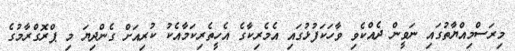
މިރަސްމިއްޔާތުގައި ނަވީން ދެއްކެވި ވާހަކަފުޅުގައި އެމެރިކާގެ އެހީތެރިކަމާއެކު ކުރިއަށް ގެންދިޔަ މި ޕްރޮގްރާމުގެ